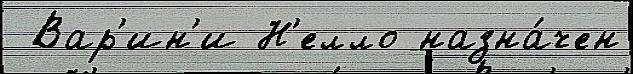
 Вар'ин'и Н'елло назна́чен